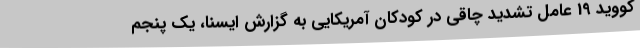
کووید 19 عامل تشدید چاقی در کودکان آمریکایی به گزارش ایسنا، یک پنجم